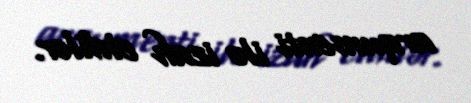
arqumenti ilə izah etdilər.